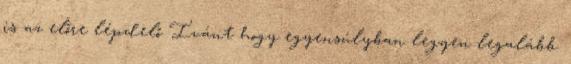
is az előre lépdelő Ivánt hogy egyensúlyban legyen legalább.